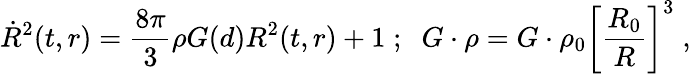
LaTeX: {\dot{R}}^{2}(t,r)={\frac{8\pi}{3}}\rho G(d)R^{2}(t,r)+1\; ;\; \; G\cdot\rho=G\cdot\rho_{0}\left[{\frac{R_{0}}{R}}\right]^{3}\; ,